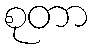
စုတာ